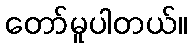
တော်မူပါတယ်။